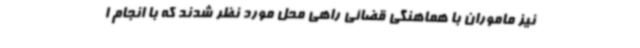
نیز ماموران با هماهنگی قضائی راهی محل مورد نظر شدند که با انجام ا